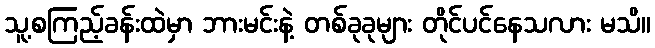
သူ့စကြည့်ခန်းထဲမှာ ဘားမင်းနဲ့ တစ်ခုခုများ တိုင်ပင်နေသလား မသိ။